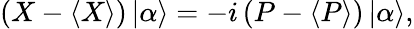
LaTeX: \left({X}-\langle{X}\rangle\right)\, |\alpha\rangle=-i\left({P}-\langle{P}\rangle\right)\, |\alpha\rangle{\mathrm{,}}